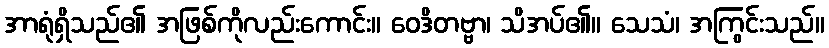
အာရုံရှိသည်၏ အဖြစ်ကိုလည်းကောင်း။ ဝေဒိတဗ္ဗာ၊ သိအပ်၏။ သေသံ၊ အကြွင်းသည်။